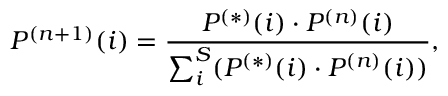
P ^ { ( n + 1 ) } ( i ) = \frac { P ^ { ( * ) } ( i ) \cdot P ^ { ( n ) } ( i ) } { \sum _ { i } ^ { S } ( P ^ { ( * ) } ( i ) \cdot P ^ { ( n ) } ( i ) ) } ,